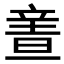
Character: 𲅅